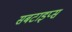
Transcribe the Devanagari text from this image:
सबटाइप्स